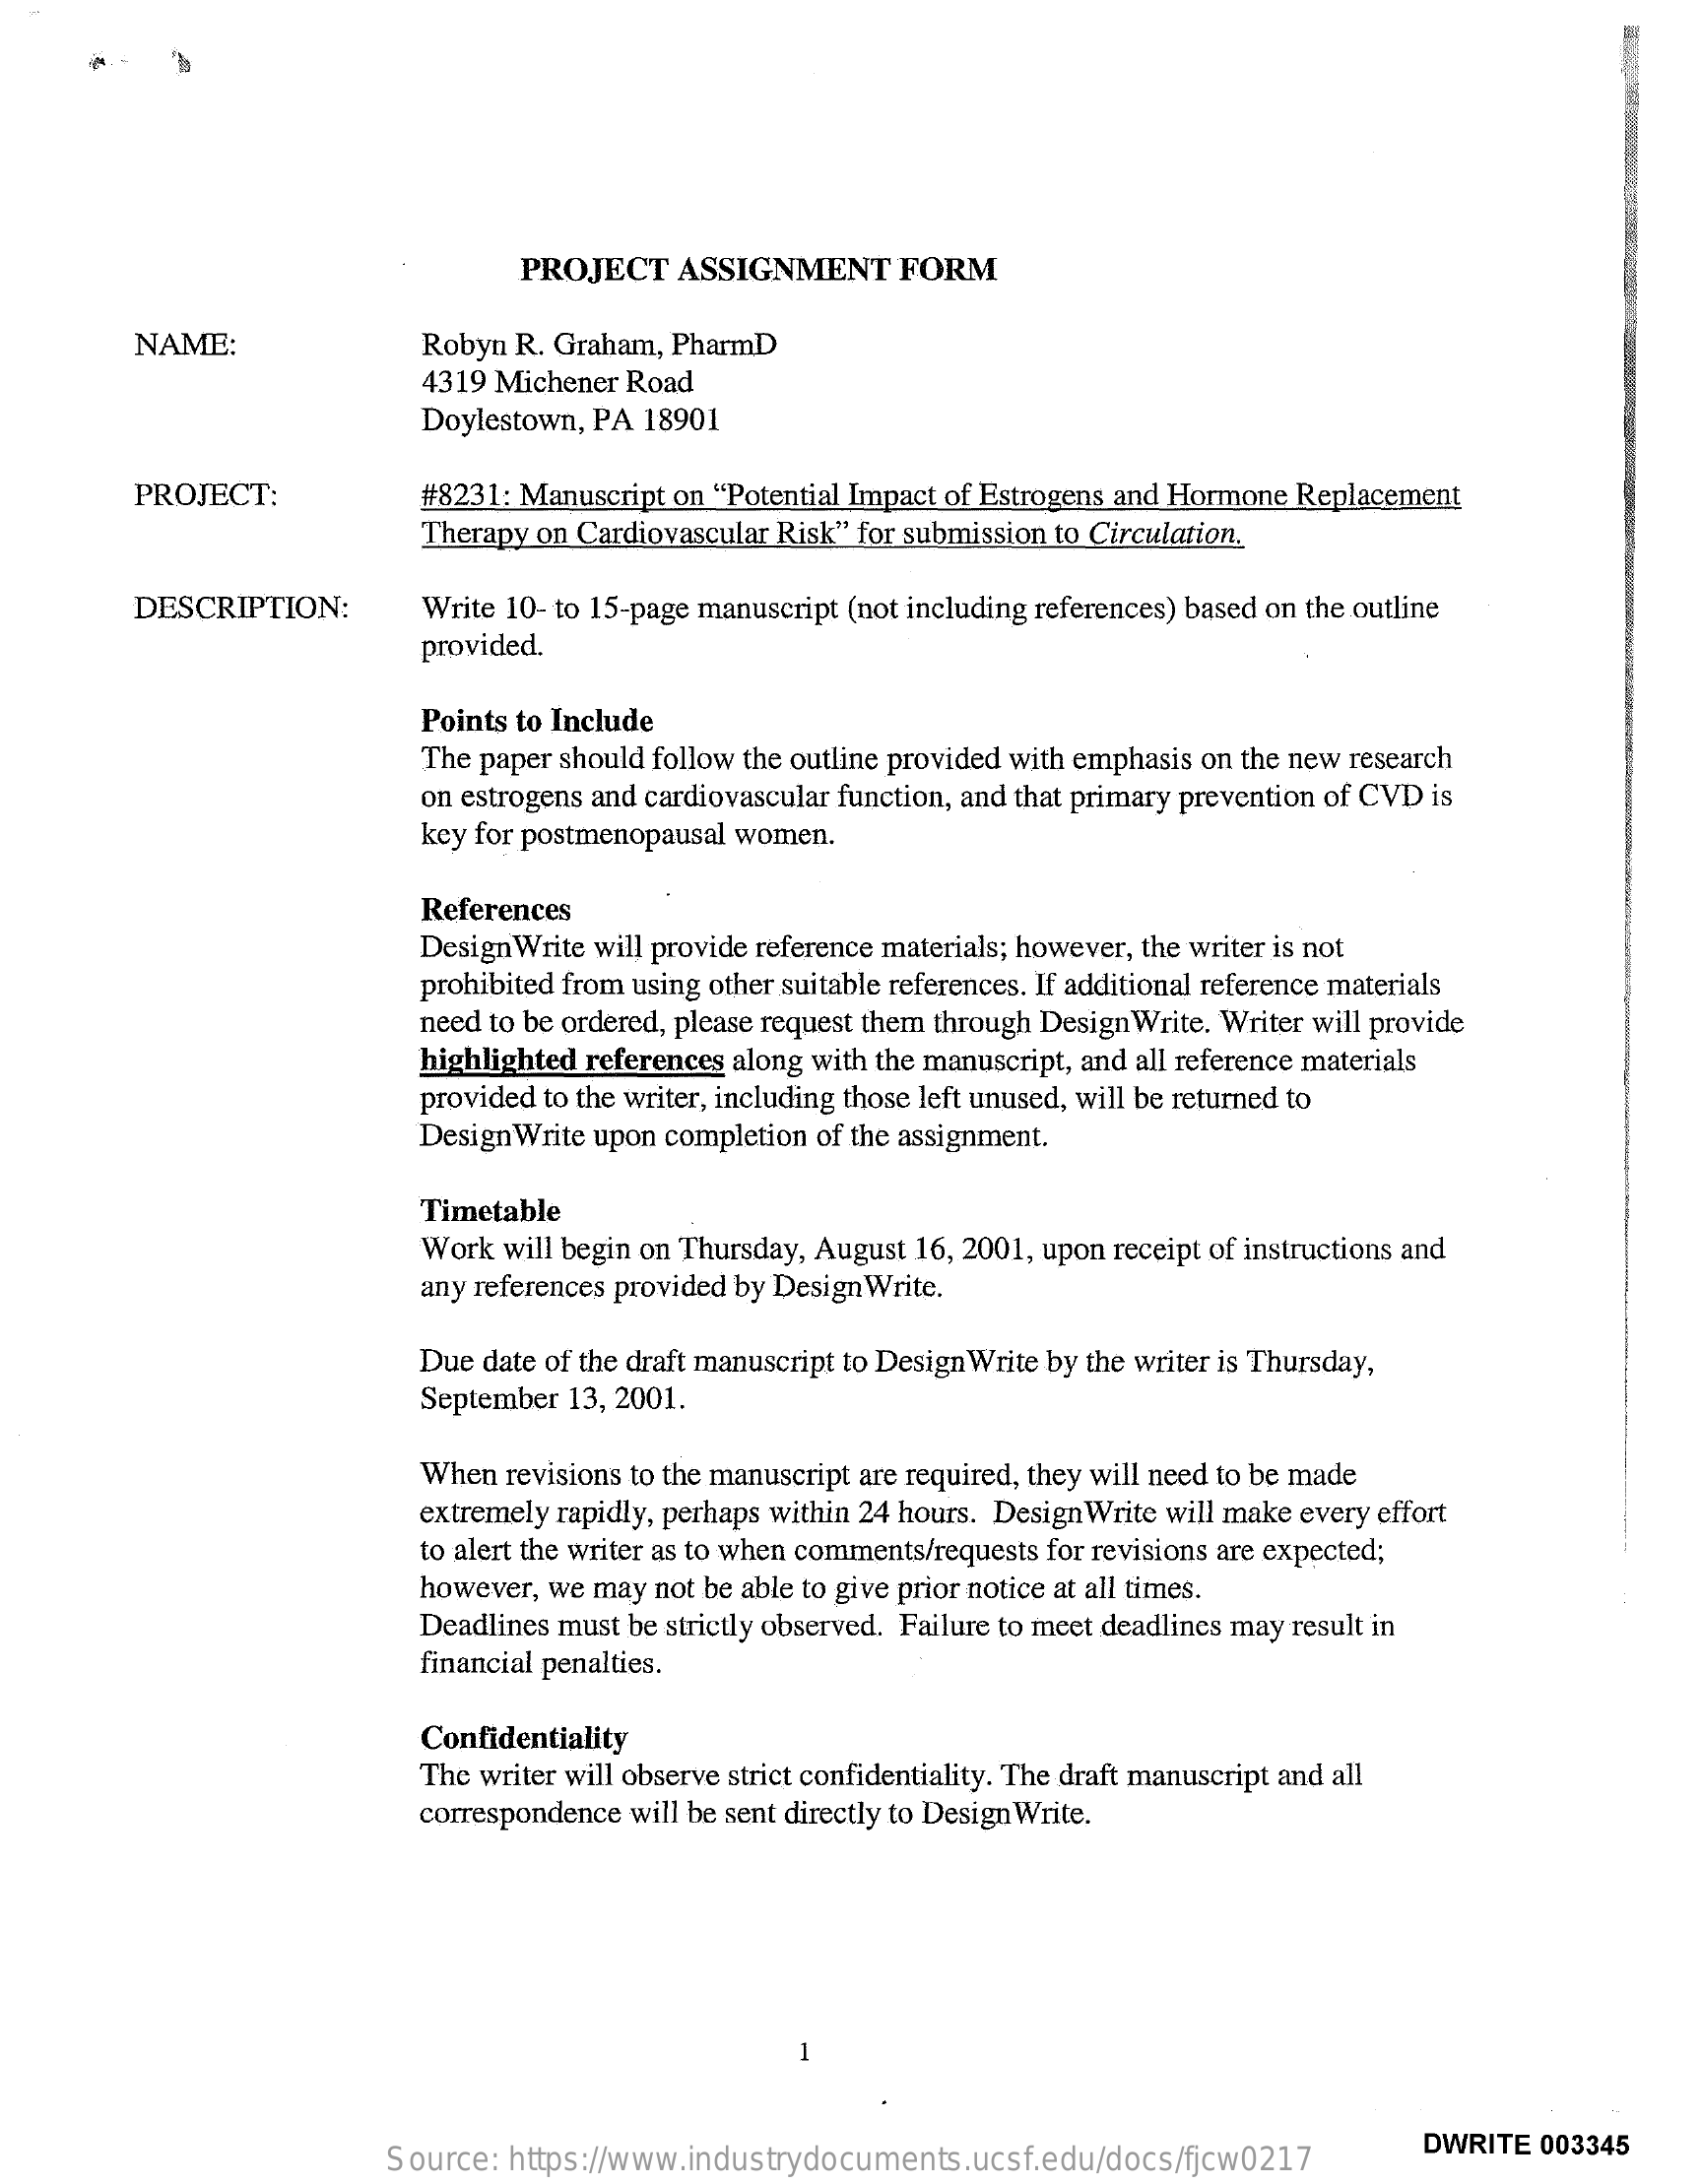
PROJECT  ASSIGNMENT    FORM
     NAME:    Robyn R. Graham, PharmD
     4319 Michener Road
     Doylestown, PA 18901
     PROJECT:    #8231: Manuscript on "Potential Impact of Estrogens and Hormone Replacement
     Therapy on Cardiovascular Risk" for submission to Circulation.
     DESCRIPTION:    Write 10- to 15-page manuscript (not including references) based on the outline
     provided.
     Points to Include
     The paper should follow the outline provided with emphasis on the new research
     on estrogens and cardiovascular function, and that primary prevention of CVD is
     key for postmenopausal women.
     References
     Design Write will provide reference materials; however, the writer is not
     prohibited from using other suitable references. If additional reference materials
     need to be ordered, please request them through DesignWrite. Writer will provide
     highlighted references along with the manuscript, and all reference materials
     provided to the writer, including those left unused, will be returned to
     Design Write upon completion of the assignment.
     Timetable
     Work will begin on Thursday, August 16, 2001, upon receipt of instructions and
     any references provided by Design Write.
     Due date of the draft manuscript to Design Write by the writer is Thursday,
     September 13, 2001.
     When revisions to the manuscript are required, they will need to be made
     extremely rapidly, perhaps within 24 hours. Design Write will make every effort
     to alert the writer as to when comments/requests for revisions are expected;
     however, we may not be able to give prior notice at all times.
     Deadlines must be strictly observed. Failure to meet deadlines may result in
     financial penalties.
     Confidentiality
     The writer will observe strict confidentiality. The draft manuscript and all
     correspondence will be sent directly to Design Write.
     Source: https://www.industrydocuments.ucsf.edu/docs/fjcw0217
     DWRITE 003345